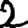
Digit: 2